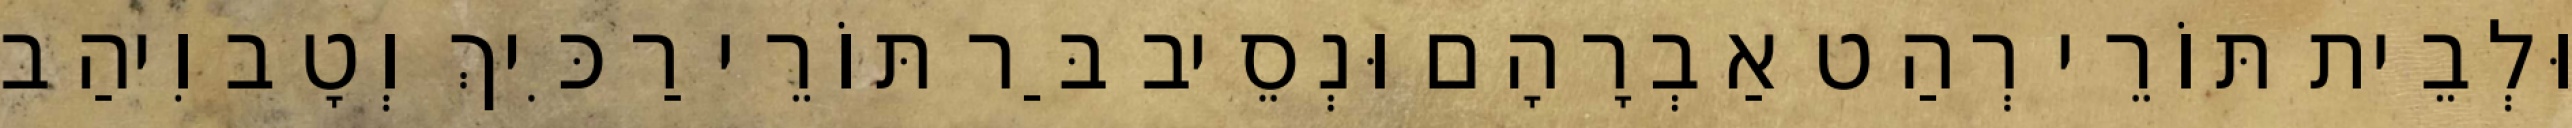
וּלְבֵית תּוֹרֵי רְהַט אַבְרָהָם וּנְסֵיב בַּר תּוֹרֵי רַכִּיךְ וְטָב וִיהַב